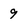
Character: 9